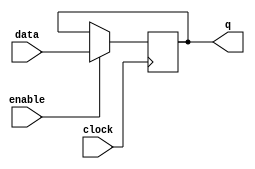
module  lpm_dff2_ff
	( 
	clock,
	data,
	enable,
	q) /* synthesis synthesis_clearbox=1 */;
	input   clock;
	input   [9:0]  data;
	input   enable;
	output   [9:0]  q;
`ifndef ALTERA_RESERVED_QIS
// synopsys translate_off
`endif
	tri0   [9:0]  data;
	tri1   enable;
`ifndef ALTERA_RESERVED_QIS
// synopsys translate_on
`endif

	reg	[9:0]	ff_dffe;

	// synopsys translate_off
	initial
		ff_dffe = 0;
	// synopsys translate_on
	always @ ( posedge clock)
		if (enable == 1'b1)   ff_dffe <= data;
	assign
		q = ff_dffe;
endmodule
module lpm_dff2 (
	clock,
	data,
	enable,
	q)/* synthesis synthesis_clearbox = 1 */;

	input	  clock;
	input	[9:0]  data;
	input	  enable;
	output	[9:0]  q;

	wire [9:0] sub_wire0;
	wire [9:0] q = sub_wire0[9:0];

	lpm_dff2_ff	lpm_dff2_ff_component (
				.enable (enable),
				.clock (clock),
				.data (data),
				.q (sub_wire0));

endmodule